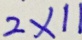
2 \times 1 1